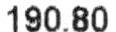
190.80